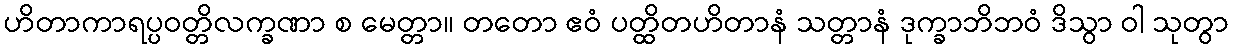
ဟိတာကာရပ္ပဝတ္တိလက္ခဏာ စ မေတ္တာ။ တတော ဧဝံ ပတ္ထိတဟိတာနံ သတ္တာနံ ဒုက္ခာဘိဘဝံ ဒိသွာ ဝါ သုတွာ